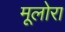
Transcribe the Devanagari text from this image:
मूलोरा